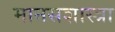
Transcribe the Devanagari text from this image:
मानसशास्त्रा